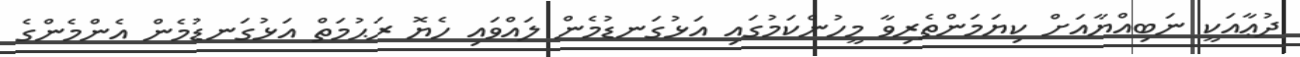
ދުޢާއަކީ ނަބިއްޔާއަށް ކިޔަމަންތެރިވާ މީހުންކަމުގައި އަޅުގަނޑުމެން ލައްވައި ހެޔޮ ރަޙުމަތް އަޅުގަނޑުމެން އެންމެންގެ